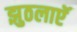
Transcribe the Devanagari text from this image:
झुठलाएॅ